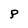
Character: P